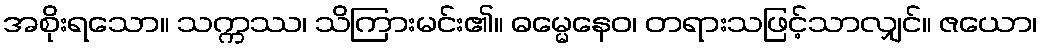
အစိုးရသော။ သက္ကဿ၊ သိကြားမင်း၏။ ဓမ္မေနေဝ၊ တရားသဖြင့်သာလျှင်။ ဇယော၊